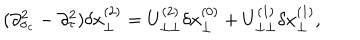
LaTeX: ( \partial _ { \sigma _ { c } } ^ { 2 } - \partial _ { \tau } ^ { 2 } ) \delta x _ { \perp } ^ { ( 2 ) } = U _ { \perp \perp } ^ { ( 2 ) } \delta x _ { \perp } ^ { ( 0 ) } + U _ { \perp \perp } ^ { ( 1 ) } \delta x _ { \perp } ^ { ( 1 ) } ,